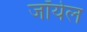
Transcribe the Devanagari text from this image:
जॉयेल